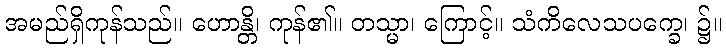
အမည်ရှိကုန်သည်။ ဟောန္တိ၊ ကုန်၏။ တသ္မာ၊ ကြောင့်။ သံကိလေသပက္ခေ၊ ၌။